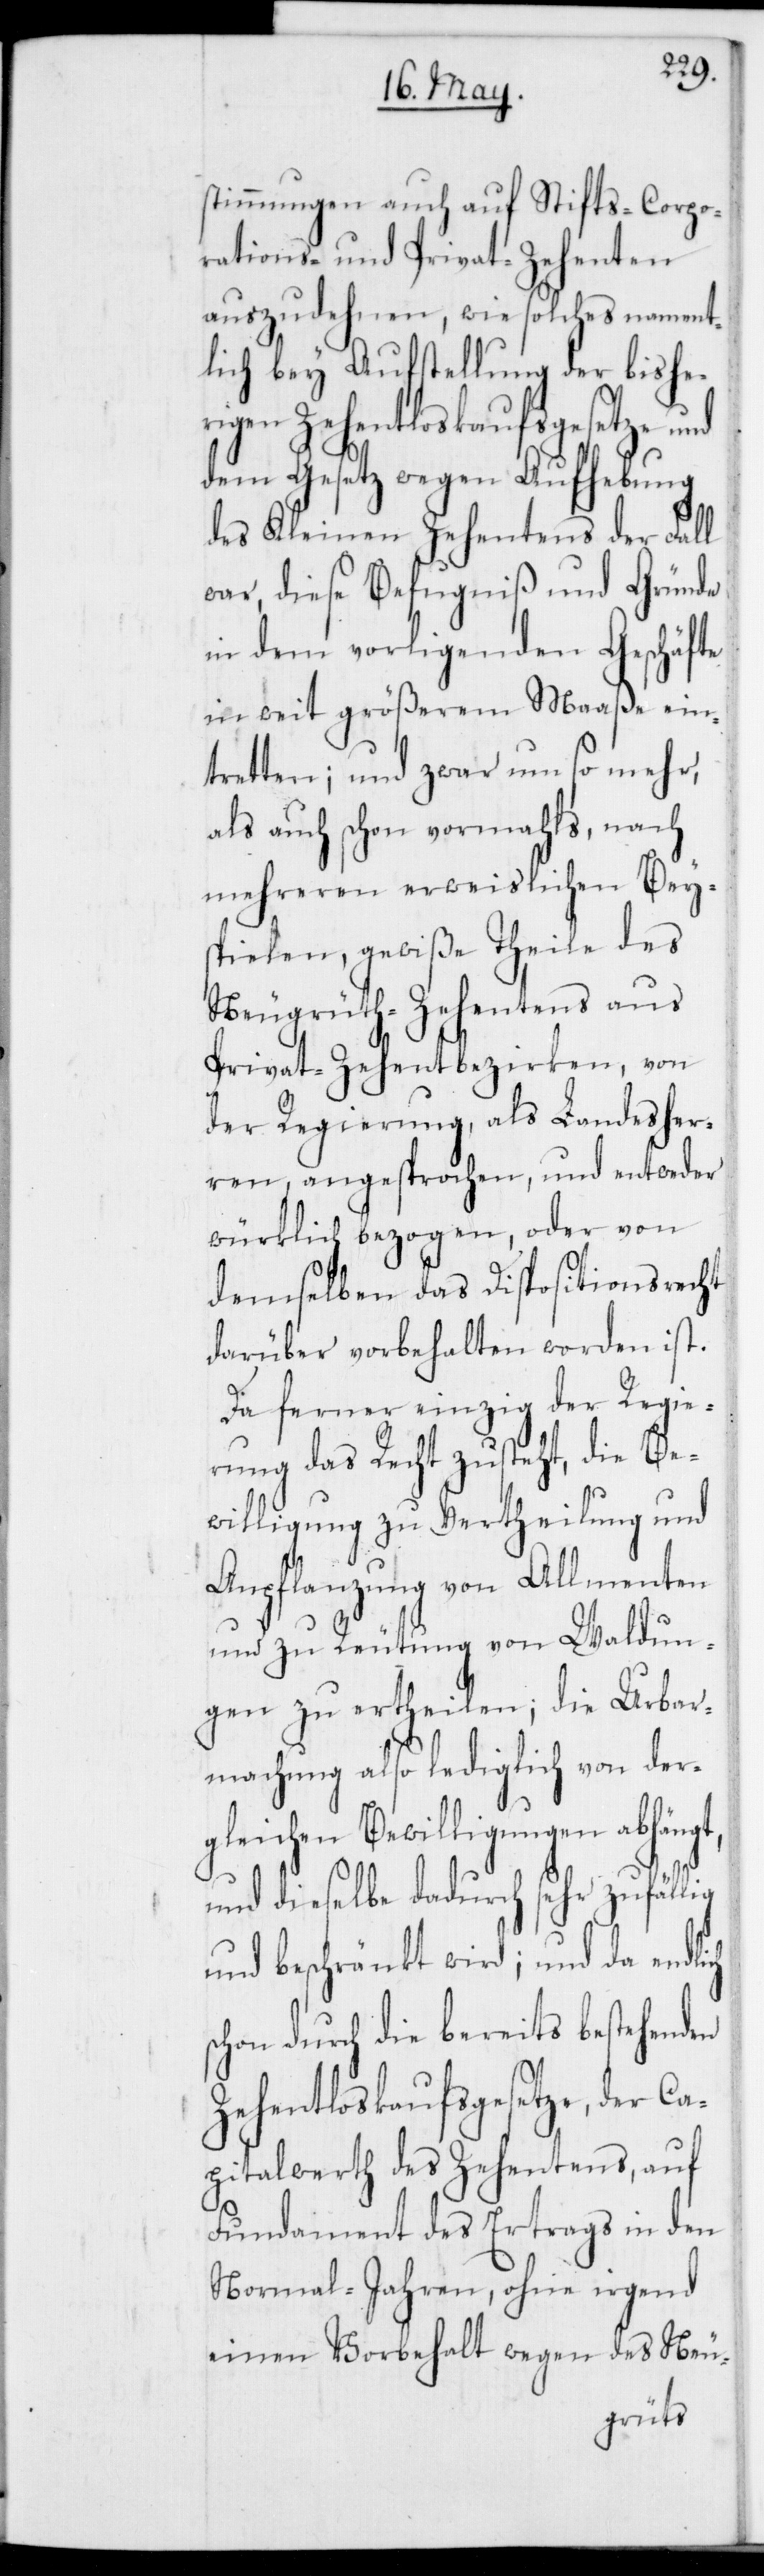
lig
stimmungen auch auf Stifts-[,] Corpo¬
rations- und Privat-Zehenten
auszudehnen, wie solches nament¬
lich bey Aufstellung der bishe¬
rigen Zehentloskaufsgesetze und
dem Gesetz wegen Aufhebung
des Kleinen Zehentens der Fall
war, diese Befugniß und Gründe
in dem vorligenden Geschäfte
in weit größerem Maaße ein¬
tretten; und zwar umso mehr,
als auch schon vormahls, nach
mehreren erweislichen Bey¬
spielen, gewiße Theile des
Neugrüth-Zehentens aus
Privat-Zehentbezirken, von
der Regierung, als Landesher¬
ren, angesprochen und entweder
würklich bezogen, oder von
demselben das Dispositionsrecht
darüber vorbehalten worden ist.
Da ferner einzig der Regie¬
rung das Recht zusteht, die Be¬
willigung zu Vertheilung und
Anpflanzung von Allmenten
und zu Reutung von Waldun¬
gen zu ertheilen; die Urbar¬
machung also lediglich von der¬
gleichen Bewilligungen abhängt,
und dieselbe dadurch sehr zufäl¬
und beschränkt wird; und da endlich
schon durch die bereits bestehenden
Zehentloskaufsgesetze, der C¬
apitalwerth des Zehentens, auf
Fundament des Ertrags in den
Normal-Jahren, ohne irgend
einen Vorbehalt wegen des Neu-